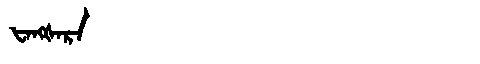
Manchu: ᡶᠠᠩᡧᠠᡵᠠ
Romanization: FANGŠARA